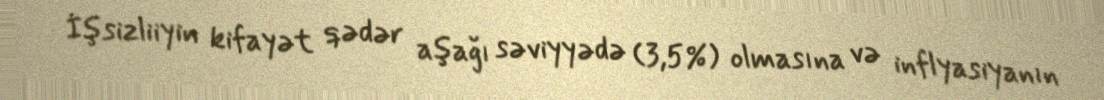
İşsizliiyin kifayət qədər aşağı səviyyədə (3,5%) olmasına və inflyasiyanın